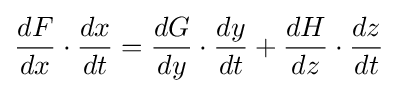
{\frac {dF}{dx}}\cdot {\frac {dx}{dt}}={\frac {dG}{dy}}\cdot {\frac {dy}{dt}}+{\frac {dH}{dz}}\cdot {\frac {dz}{dt}}